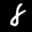
Label: 8